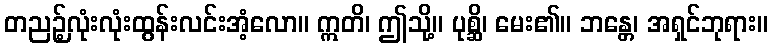
တညဉ့်လုံးလုံးထွန်းလင်းအံ့လော။ ဣတိ၊ ဤသို့။ ပုစ္ဆိ၊ မေး၏။ ဘန္တေ၊ အရှင်ဘုရား။